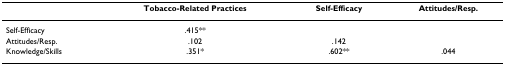
|  | Tobacco-Related Practices | Self-Efficacy | Attitudes/Resp. |
 | --- | --- | --- | --- |
 | Self-Efficacy | .415** |  |  |
 | Attitudes/Resp. | .102 | .142 |  |
 | Knowledge/Skills | .351* | .602** | .044 |